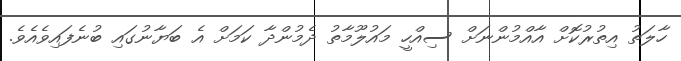
ހާލަތު އިތުރުކޮށް އާއްމުންނަށް ސިއްހީ މައުލޫމާތު ދެމުންދާ ކަމަށް އެ ބަޔާނުގައި ބުނެފައިވެއެވެ.